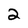
Character: 2